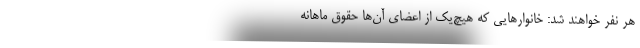
هر نفر خواهند شد: خانوارهایی که هیچ‌یک از اعضای آن‌ها حقوق ماهانه